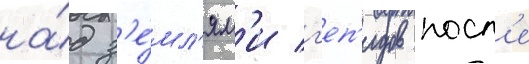
на́д з'е́мл'ям'и г'еп'идов посл'е